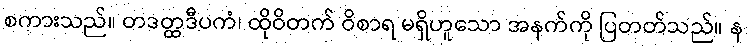
စကားသည်။ တဒတ္ထဒီပကံ၊ ထိုဝိတက် ဝိစာရ မရှိဟူသော အနက်ကို ပြတတ်သည်။ န